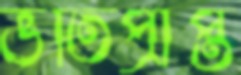
ভর্তিপ্রাপ্ত